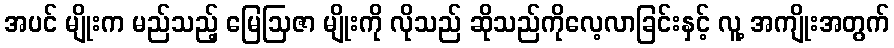
အပင် မျိုးက မည်သည့် မြေဩဇာ မျိုးကို လိုသည် ဆိုသည်ကိုလေ့လာခြင်းနှင့် လူ့ အကျိုးအတွက်